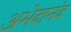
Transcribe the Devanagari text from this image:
अभेदानंद